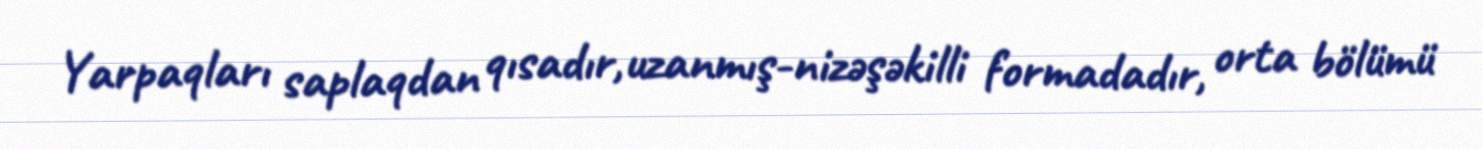
Yarpaqları saplaqdan qısadır,uzanmış-nizəşəkilli formadadır, orta bölümü